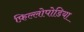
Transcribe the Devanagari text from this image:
फ़िल्लोपोडिया